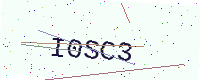
Text: I0SC3